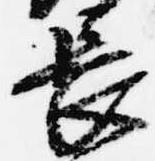
長